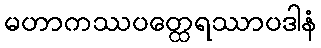
မဟာကဿပတ္ထေရဿာပဒါနံ